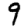
Digit: 9